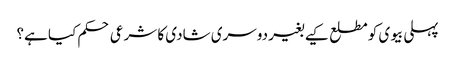
پہلی بیوی کو مطلع کیے بغیر دوسری شادی کا شرعی حکم کیا ہے؟